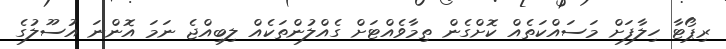
ރިޕޯޓާ ހިލާފަށް މަސައްކަތެއް ކޮށްގެން ތިމާވެއްޓަށް ގެއްލުންތަކެއް ލިބިއްޖެ ނަމަ އޮންނަ އުސޫލުގެ